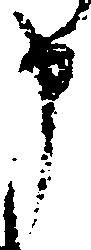
申